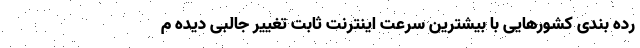
رده بندی کشورهایی با بیشترین سرعت اینترنت ثابت تغییر جالبی دیده م